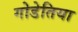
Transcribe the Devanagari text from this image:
गोडेतिया